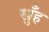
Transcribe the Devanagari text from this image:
खुँह